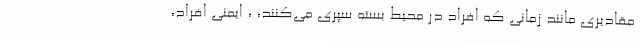
مقادیری مانند زمانی که افراد در محیط بسته سپری می‌کنند، ، ایمنی افراد،